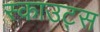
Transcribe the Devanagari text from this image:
स्‍काउट्स